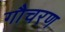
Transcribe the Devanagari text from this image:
गौचरण